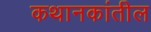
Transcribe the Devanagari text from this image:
कथानकांतील